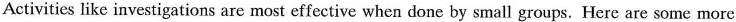
Activities like investigations are most effective when done by small groups. Here are some more